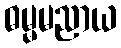
ဓမ္မမညာယ